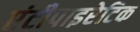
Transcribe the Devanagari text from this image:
एंटीपाइरेटिक